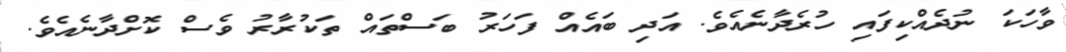
ވާހަކަ ނުދެއްކިފައި ހުރެދާނެއެވެ. އަދި ބައެއް ފަހަރު ބަސްތައް ތަކުރާރު ވެސް ކޮށްދާނެއެވެ.